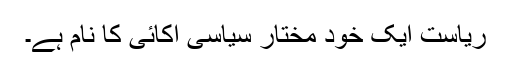
ریاست ایک خود مختار سیاسی اکائی کا نام ہے۔